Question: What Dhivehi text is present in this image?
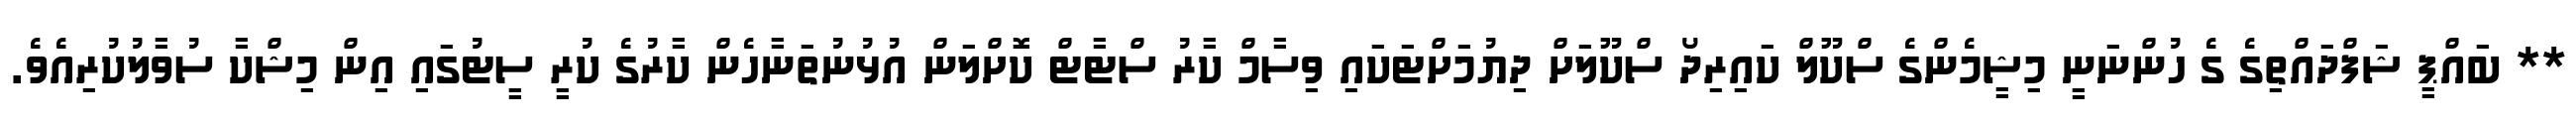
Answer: ** ބައްޕީ ޝަފްދައްތިގެ ގެ ހުންނަނީ މިޝީމެންގެ ސްކޫލް ކައިރިދޯ ސްކޫލަށް ދިޔުމަށްޓަކައި ވިސާމް ކާރު ސްޓާޓް ކޮށްލަން އުޅުނުތަނާހެން ކާރުގެ ކުރީ ސީޓުގައި އިން މިޝްކާ ސުވާލުކުރިއެވެ.